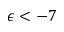
\epsilon < - 7